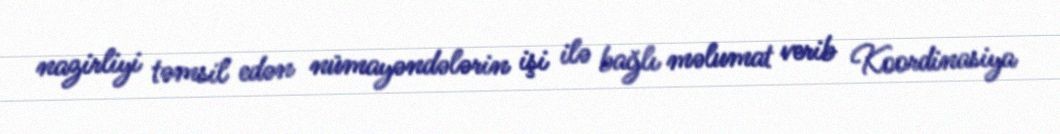
nazirliyi təmsil edən nümayəndələrin işi ilə bağlı məlumat verib Koordinasiya